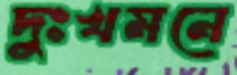
দুঃখমনে